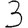
Digit: 3